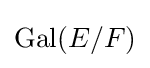
\operatorname {Gal} (E/F)